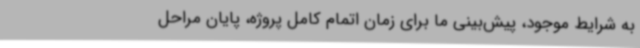
به شرایط موجود، پیش‌بینی ما برای زمان اتمام کامل پروژه، پایان مراحل